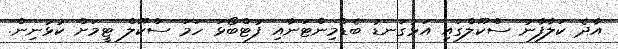
އާދެ ކަލާފާނު ސްކޫލްގައި އަޅުގަނޑު ބެޑްމިންޓަނާއި ފުޓްބޯޅަ ހަމަ ސްކޫލް ޓީމަށް ކުޅުނިން.